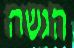
הגשה